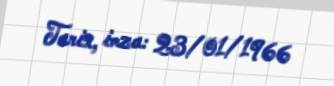
Tarix, imza: 23/01/1966